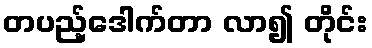
တပည့်ဒေါက်တာ လာ၍ တိုင်း